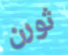
ثورن